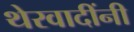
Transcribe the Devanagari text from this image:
थेरवादींनी